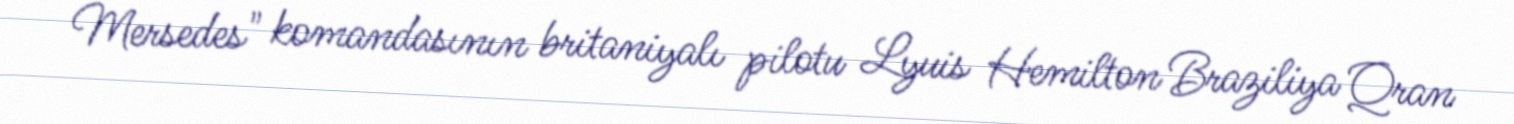
Mersedes" komandasının britaniyalı pilotu Lyuis Hemilton Braziliya Qran